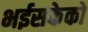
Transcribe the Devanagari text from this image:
भईसकेको